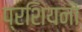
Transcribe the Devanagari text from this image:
प्रशियनों